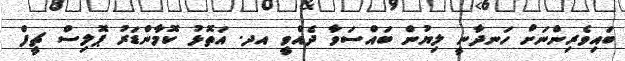
ބައިވެރިންނަށް ހަނދާނީ ލިޔުން ބައްސަވާ ދެއްވީ އދ. އަތޮޅު ކޮމާންޑަރު ޕޮލިސް ޗީފް